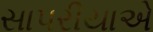
સાપરીયાએ